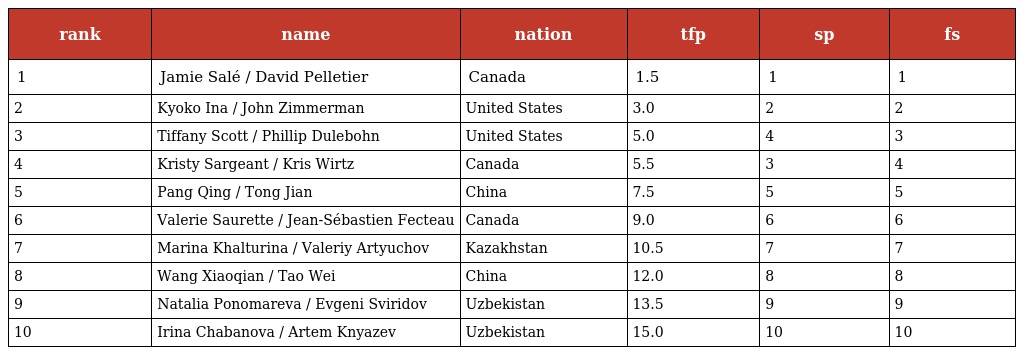
| rank | name | nation | tfp | sp | fs |
 | --- | --- | --- | --- | --- | --- |
 | 1 | Jamie Salé / David Pelletier | Canada | 1.5 | 1 | 1 |
 | 2 | Kyoko Ina / John Zimmerman | United States | 3.0 | 2 | 2 |
 | 3 | Tiffany Scott / Phillip Dulebohn | United States | 5.0 | 4 | 3 |
 | 4 | Kristy Sargeant / Kris Wirtz | Canada | 5.5 | 3 | 4 |
 | 5 | Pang Qing / Tong Jian | China | 7.5 | 5 | 5 |
 | 6 | Valerie Saurette / Jean-Sébastien Fecteau | Canada | 9.0 | 6 | 6 |
 | 7 | Marina Khalturina / Valeriy Artyuchov | Kazakhstan | 10.5 | 7 | 7 |
 | 8 | Wang Xiaoqian / Tao Wei | China | 12.0 | 8 | 8 |
 | 9 | Natalia Ponomareva / Evgeni Sviridov | Uzbekistan | 13.5 | 9 | 9 |
 | 10 | Irina Chabanova / Artem Knyazev | Uzbekistan | 15.0 | 10 | 10 |